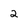
Character: 2